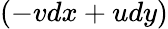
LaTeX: (-vdx+udy)